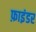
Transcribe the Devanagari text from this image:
फ़ाइंडर